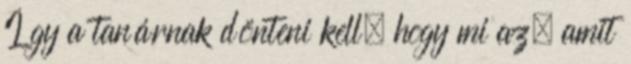
Így a tanárnak dönteni kell, hogy mi az, amit